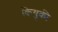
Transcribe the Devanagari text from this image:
कियुकी